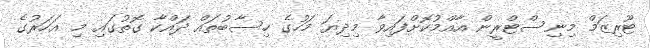
ޓޫރިޒަމް މިނިސްޓްރީން އާއްމުކޮށްފައިވާ މިދިޔަ މަހުގެ ހިސާބުތައް ދައްކާ ގޮތުގައި މި އަހަރުގެ